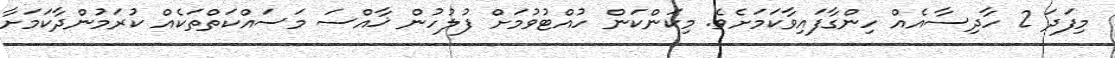
މިފަދަ 2 ހާދިސާއެއް ހިންގާފައިވާކަމަށެވެ. މިކަންކަން ހުއްޓުވުމަށް ފުލުހުން ޚާއްސަ މަސައްކަތްތަކެއް ކުރަމުންދާކަމަށާ